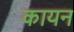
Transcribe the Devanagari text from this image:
कायन